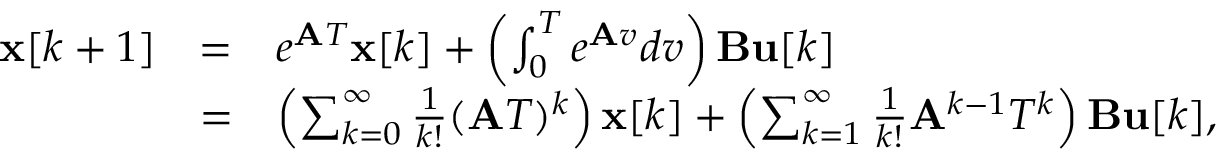
{ \begin{array} { l l l } { \mathbf { x } [ k + 1 ] } & { = } & { e ^ { { \mathbf { A } } T } \mathbf { x } [ k ] + \left( \int _ { 0 } ^ { T } e ^ { { \mathbf { A } } v } d v \right) \mathbf { B } \mathbf { u } [ k ] } \\ & { = } & { \left( \sum _ { k = 0 } ^ { \infty } { \frac { 1 } { k ! } } ( { \mathbf { A } } T ) ^ { k } \right) \mathbf { x } [ k ] + \left( \sum _ { k = 1 } ^ { \infty } { \frac { 1 } { k ! } } { \mathbf { A } } ^ { k - 1 } T ^ { k } \right) \mathbf { B } \mathbf { u } [ k ] , } \end{array} }